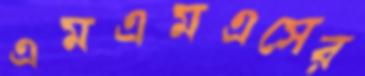
এমএমএসের